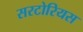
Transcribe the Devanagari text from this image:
सरटोरियस